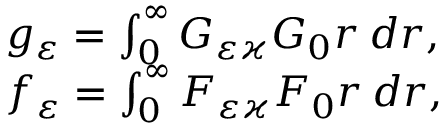
\begin{array} { l } { g _ { \varepsilon } = \int _ { 0 } ^ { \infty } G _ { \varepsilon \varkappa } G _ { 0 } r \: d r , } \\ { f _ { \varepsilon } = \int _ { 0 } ^ { \infty } F _ { \varepsilon \varkappa } F _ { 0 } r \: d r , } \end{array}